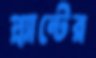
প্ল্যান্টের